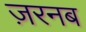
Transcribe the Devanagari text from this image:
ज़रनब